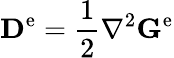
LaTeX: \mathbf{D}^{\mathrm{e}}=\frac{1}{2}\nabla^{2}\mathbf{G}^{\mathrm{e}}